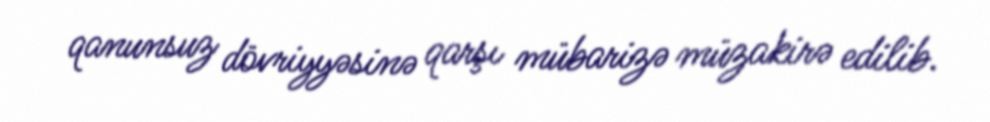
qanunsuz dövriyyəsinə qarşı mübarizə müzakirə edilib.